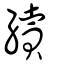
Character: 續